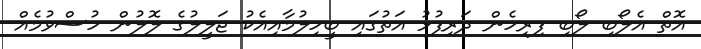
އޮތް އެލޯބި ލޯބި ފިރިހެން ދަރިފުޅު އަތުގައި ބީހިލުމާއިއެކު ޖަލީލުގެ ލޮލުން ހުސްވުމެއް